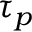
\tau _ { p }